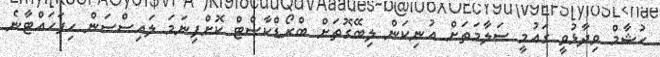
ހުޝާމް ވިދާޅުވީ ގައުމީ ސަލާމަތަށް އުނިކަން ލިބޭގޮތަށް ބްރޯޑްކާސްޓް ކޮށްފިނަމަ ލައިސްސަން ހިފަހައްޓާނެ